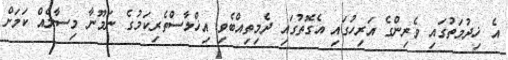
އެ ޚިދުމަތުގައި ވެރިންގެ އަރިހުގައި އެގޮތުގައި ދެމިތިއްބެވި އިޚްލާސްތެރިކަމުގެ ނަމޫނާ މިސާލެއް ކަމަށް